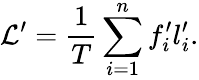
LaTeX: \mathcal{L}^{\prime}=\frac{{1}}{{T}}\sum_{i=1}^{n}f_{i}^{\prime}l_{i}^{\prime}.